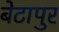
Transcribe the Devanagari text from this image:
बेटापुर